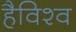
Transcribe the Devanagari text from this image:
हैविश्व